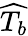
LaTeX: \widehat{T_{b}}